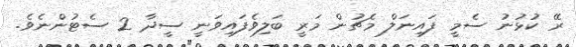
ރޭ ކުޅުނު ސެމީ ފައިނަލް މެޗުން މަރީ ބަލިވެފައިވަނީ ސީދާ 2 ސެޓުންނެވެ.